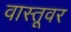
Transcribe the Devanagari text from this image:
वास्तूवर